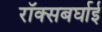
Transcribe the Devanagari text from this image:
रॉक्सबर्घाई